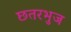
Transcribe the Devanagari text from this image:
छतरभुज